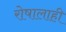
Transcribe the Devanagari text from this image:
रोषालाही